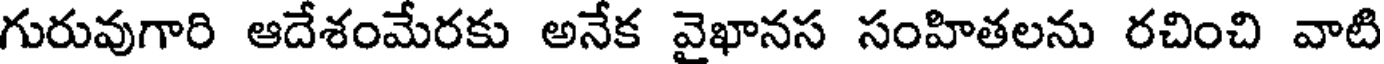
గురువుగారి ఆదేశంమేరకు అనేక వైఖానస సంహితలను రచించి వాటి